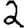
Digit: 2